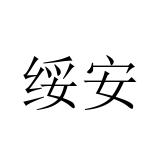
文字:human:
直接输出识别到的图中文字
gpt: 绥安